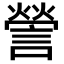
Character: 謍